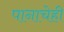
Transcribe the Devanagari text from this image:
पानाचेही